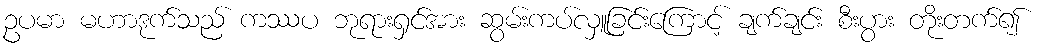
ဥပမာ မဟာဒုက်သည် ကဿပ ဘုရားရှင်အား ဆွမ်းကပ်လှူခြင်းကြောင့် ချက်ချင်း စီးပွား တိုးတက်၍